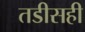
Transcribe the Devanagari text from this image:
तडीसही